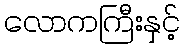
လောကကြီးနှင့်